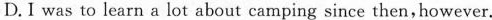
D. I was to learn a lot about camping since then,however.